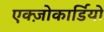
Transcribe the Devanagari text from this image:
एक्ज़ोकार्डियो